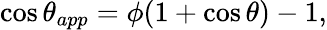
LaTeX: \cos{\theta_{app}}=\phi(1+\cos{\theta})-1,